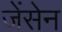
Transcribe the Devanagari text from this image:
जेंसेन